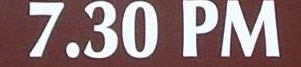
7.30 PM